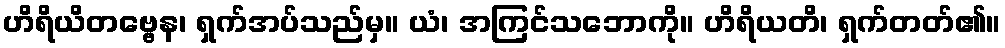
ဟိရိယိတဗ္ဗေန၊ ရှက်အပ်သည်မှ။ ယံ၊ အကြင်သဘောကို။ ဟိရိယတိ၊ ရှက်တတ်၏။